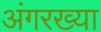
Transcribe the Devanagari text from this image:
अंगरख्या